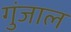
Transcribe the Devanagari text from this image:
गुंजाल